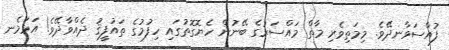
ފުއްސަވާނދޭވެ. މިމަތިވެރި މާތް މައްސަރުގެ ބޭނުން ހެޔޮގޮތުގައި ހިފުމުގެ ތައުފީޤު ދެއްވާދޭވެ! އަޅަމެނ